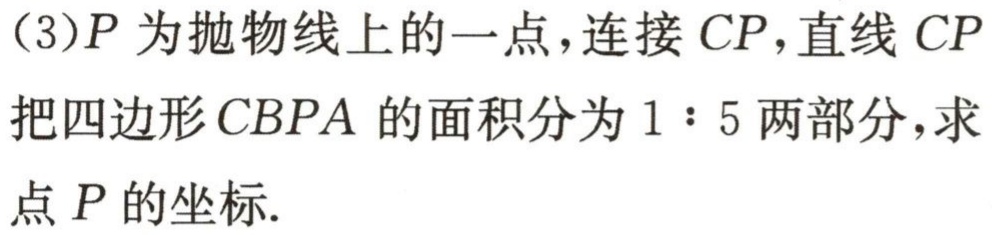
（3）\(P\)为抛物线上的一点，连接\(CP\)，直线\(CP\)把四边形\(CBPA\)的面积分为\(1:5\)两部分，求点\(P\)的坐标.